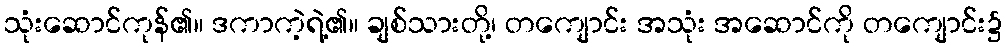
သုံးဆောင်ကုန်၏။ ဒကာကဲ့ရဲ့၏။ ချစ်သားတို့၊ တကျောင်း အသုံး အဆောင်ကို တကျောင်း၌